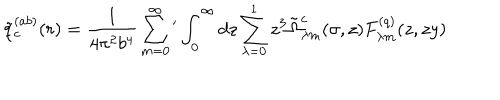
\tilde { q } _ { c } ^ { ( a b ) } ( r ) = \frac { 1 } { 4 \pi ^ { 2 } b ^ { 4 } } \sum _ { m = 0 } ^ { \infty } { ' } \int _ { 0 } ^ { \infty } { d z \sum _ { \lambda = 0 } ^ { 1 } z ^ { 3 } \tilde { \Omega } _ { \lambda m } ^ { c } ( \sigma , z ) F _ { \lambda m } ^ { ( q ) } ( z , z y ) }